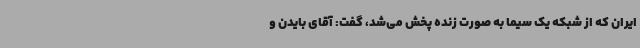
ایران که از شبکه یک سیما به صورت زنده پخش می‌شد، گفت: آقای بایدن و